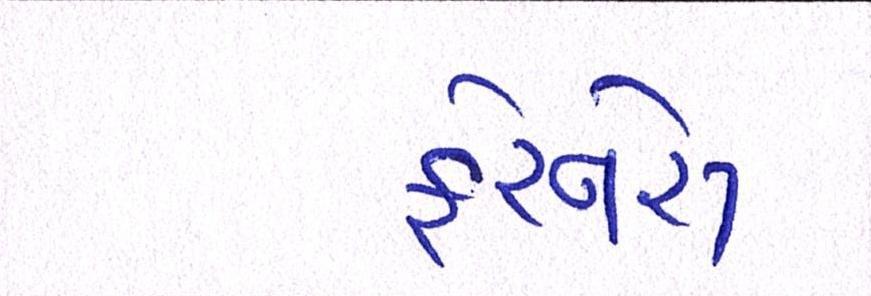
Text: ફેરનેસ